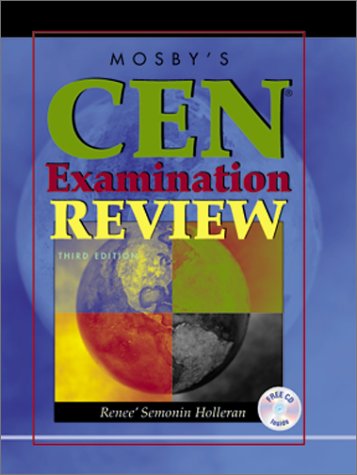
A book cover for Mosby's CEN Examination Review (Book with CD-ROM); Renee S. Holleran RN  PhD  CEN  CCRN  CFRN  CTRN  FAEN; Medical Books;